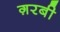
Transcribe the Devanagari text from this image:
ग़रबी